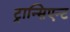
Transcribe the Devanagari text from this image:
ट्रान्सिएन्ट